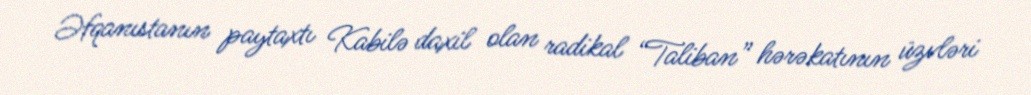
Əfqanıstanın paytaxtı Kabilə daxil olan radikal “Taliban” hərəkatının üzvləri